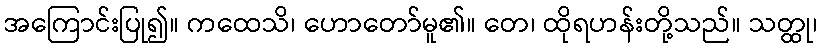
အကြောင်းပြု၍။ ကထေသိ၊ ဟောတော်မူ၏။ တေ၊ ထိုရဟန်းတို့သည်။ သတ္ထု၊